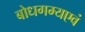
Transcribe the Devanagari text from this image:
बोधगम्यएवं